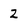
Character: 2